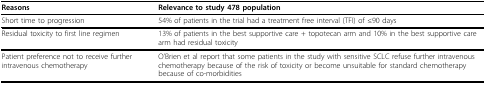
<table><thead><tr><td><b>Reasons</b></td><td><b>Relevance to study 478 population</b></td></tr></thead><tbody><tr><td>Short time to progression</td><td>54% of patients in the trial had a treatment free interval (TFI) of ≤90 days</td></tr><tr><td>Residual toxicity to first line regimen</td><td>13% of patients in the best supportive care + topotecan arm and 10% in the best supportive care arm had residual toxicity</td></tr><tr><td>Patient preference not to receive further intravenous chemotherapy</td><td>O&#x27;Brien et al report that some patients in the study with sensitive SCLC refuse further intravenous chemotherapy because of the risk of toxicity or become unsuitable for standard chemotherapy because of co-morbidities</td></tr></tbody></table>